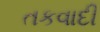
તકવાદી